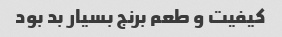
کیفیت و طعم برنج بسیار بد بود